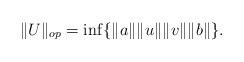
LaTeX: \begin{align*}\|U\|_{op}=\inf\{\|a\|\|u\|\|v\|\|b\|\}.\end{align*}